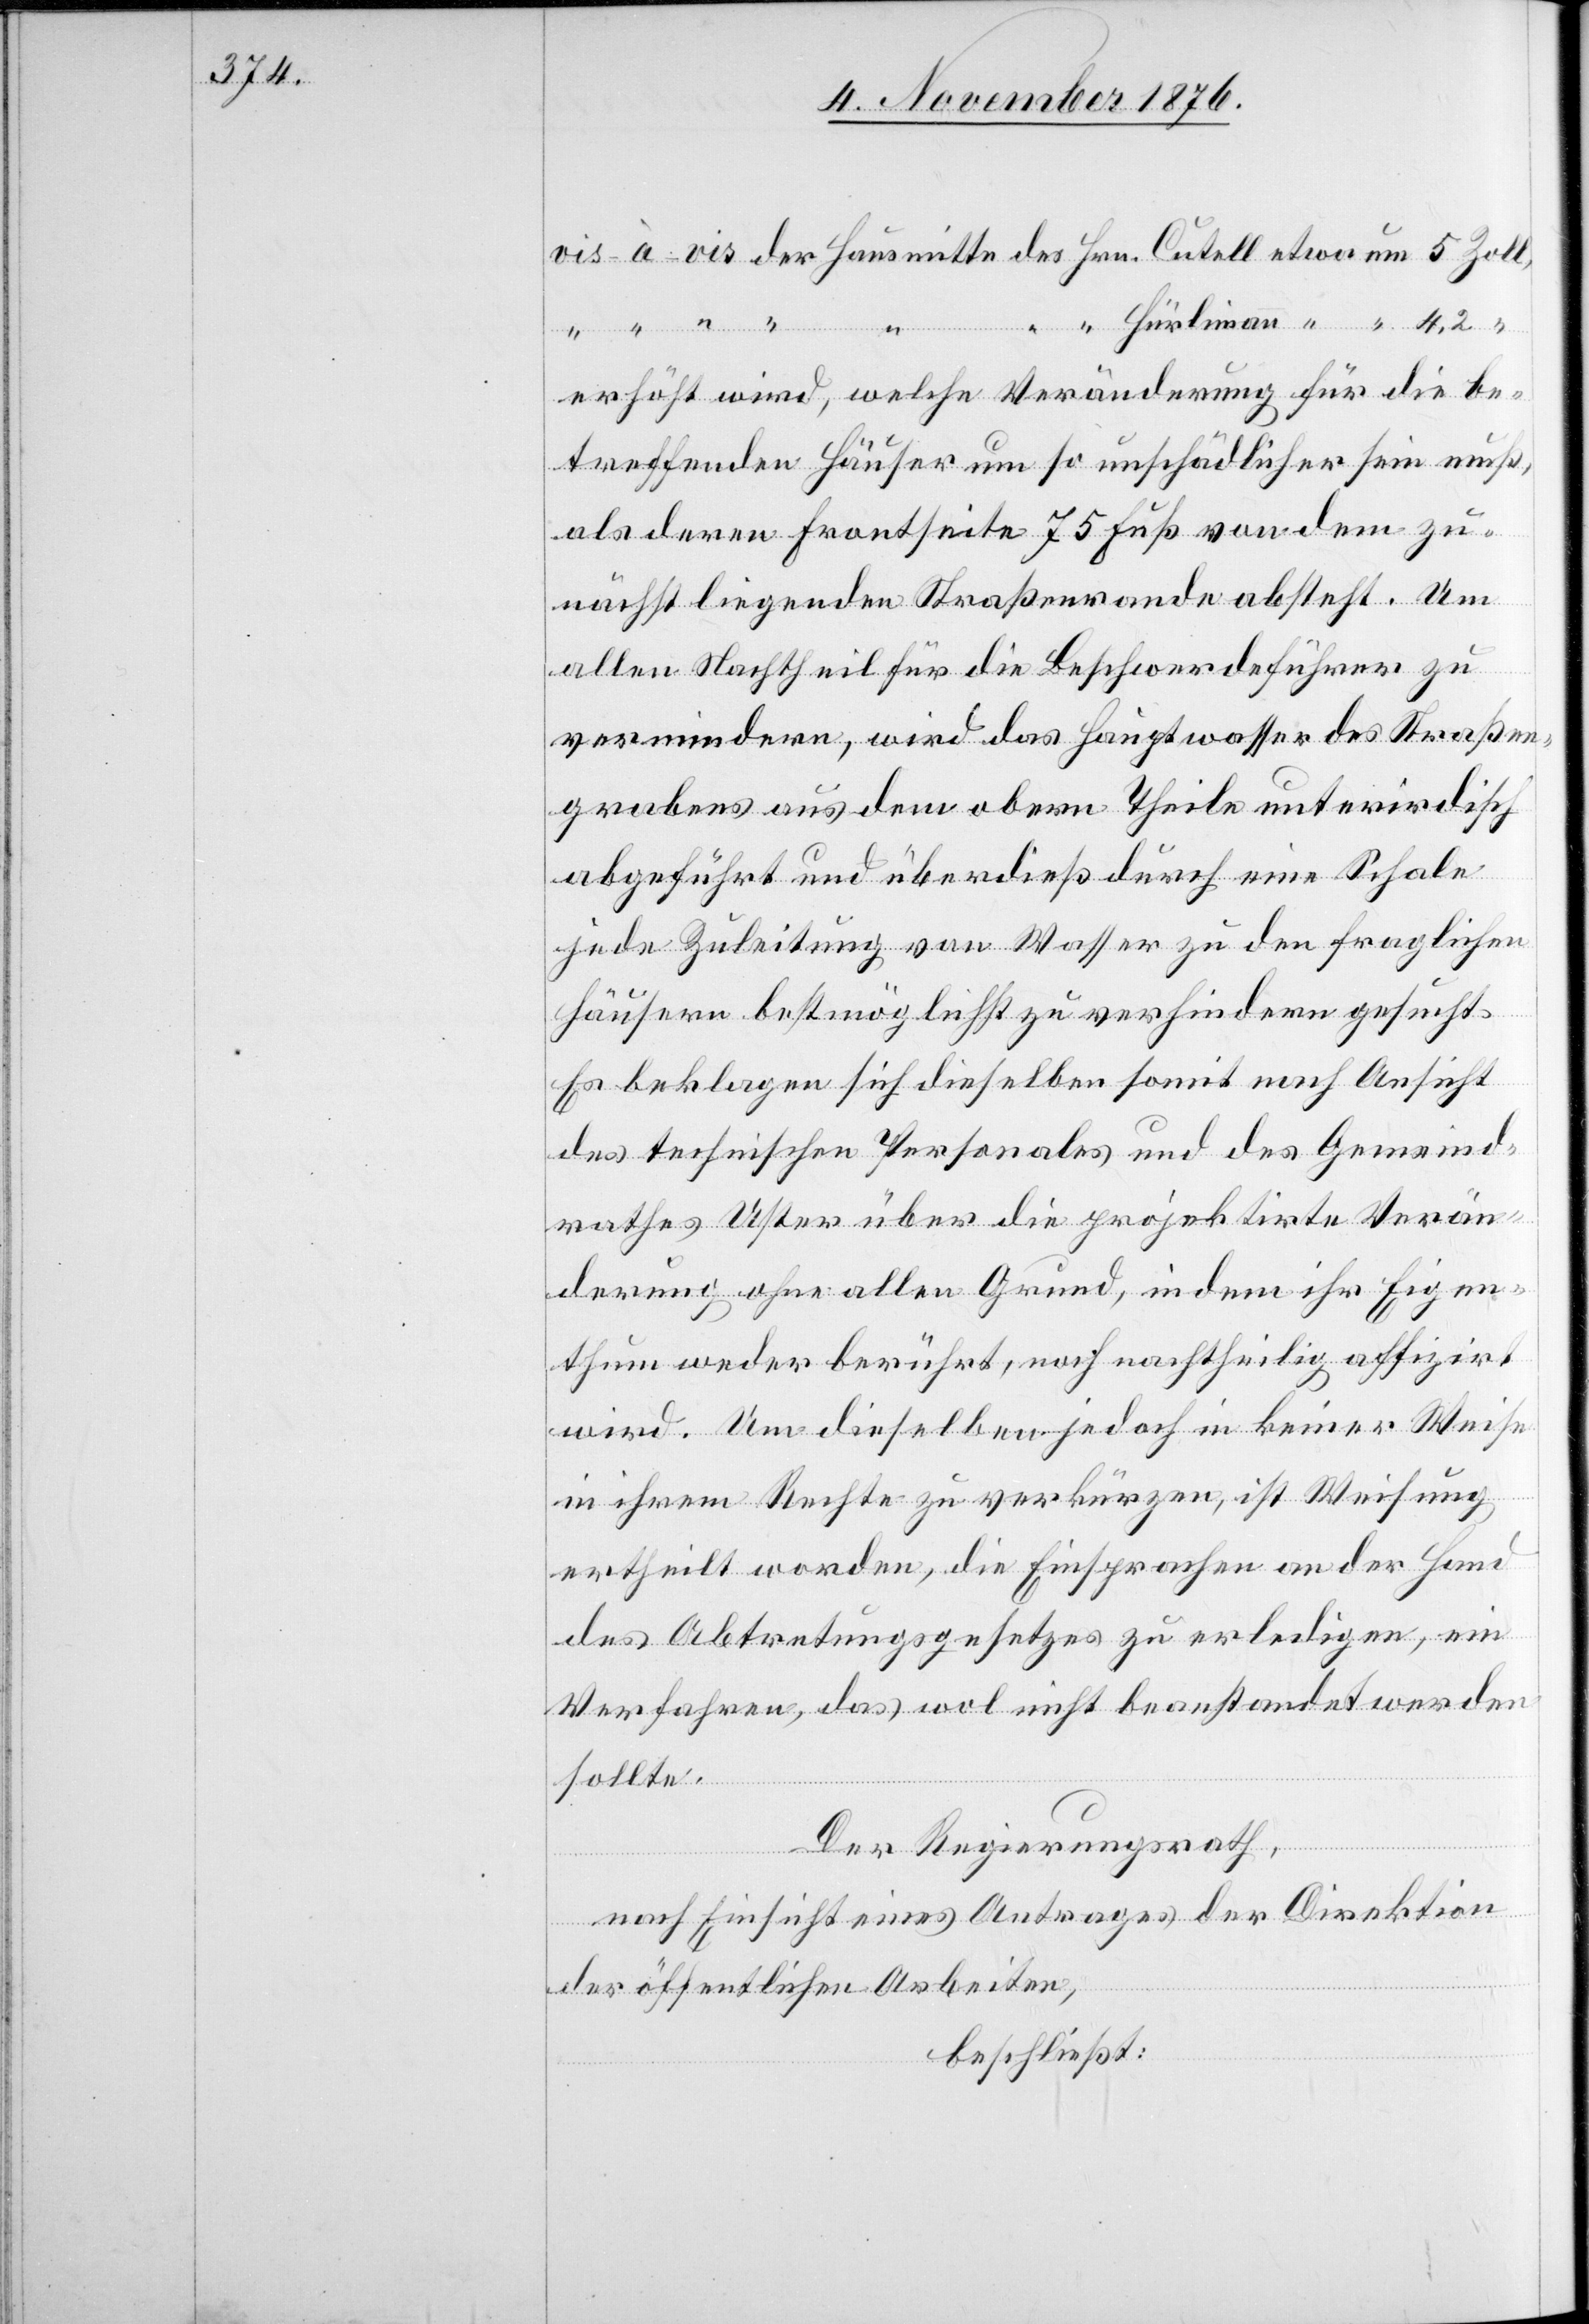
Hürlimann
“
erhöht wird, welche Veränderung für die be¬
treffenden Häuser um so unschädlicher sein muß,
als deren Frontseite 75 Fuß von dem zu¬
nächst liegenden Straßenende absteht. Um
allen Nachtheil für die Beschwerdeführer zu
vermindern, wird das Hauptwasser des Straßen¬
grabens aus dem obern Theile unterirdisch
abgeführt und überdieß durch eine Schale
jede Zuleitung von Wasser zu den fraglichen
Häusern bestmöglichst zu verhindern gesucht.
Es beklagen sich dieselben somit nach Ansicht
des technischen Personales und des Gemeind¬
rathes Uster über die projektirte Verän¬
derung ohne allen Grund, in dem ihr Eigen¬
thum weder berührt, noch nachtheilig affizirt
wird. Um dieselben jedoch in keiner Weise
um
in ihrem Rechte zu verkürzen, ist Weisung
ertheilt worden, die Einsprachen an der Hand
des Abtretungsgesetzes zu erledigen, ein
Verfahren, das wol nicht beanstandet werden
sollte.
Der Regierungsrath,
nach Einsicht eines Antrages der Direktion
der öffentlichen Arbeiten,
beschließt: